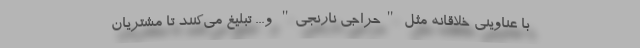
با عناوینی خلاقانه مثل "حراجی نارنجی" و... تبلیغ می‌کنند تا مشتریان